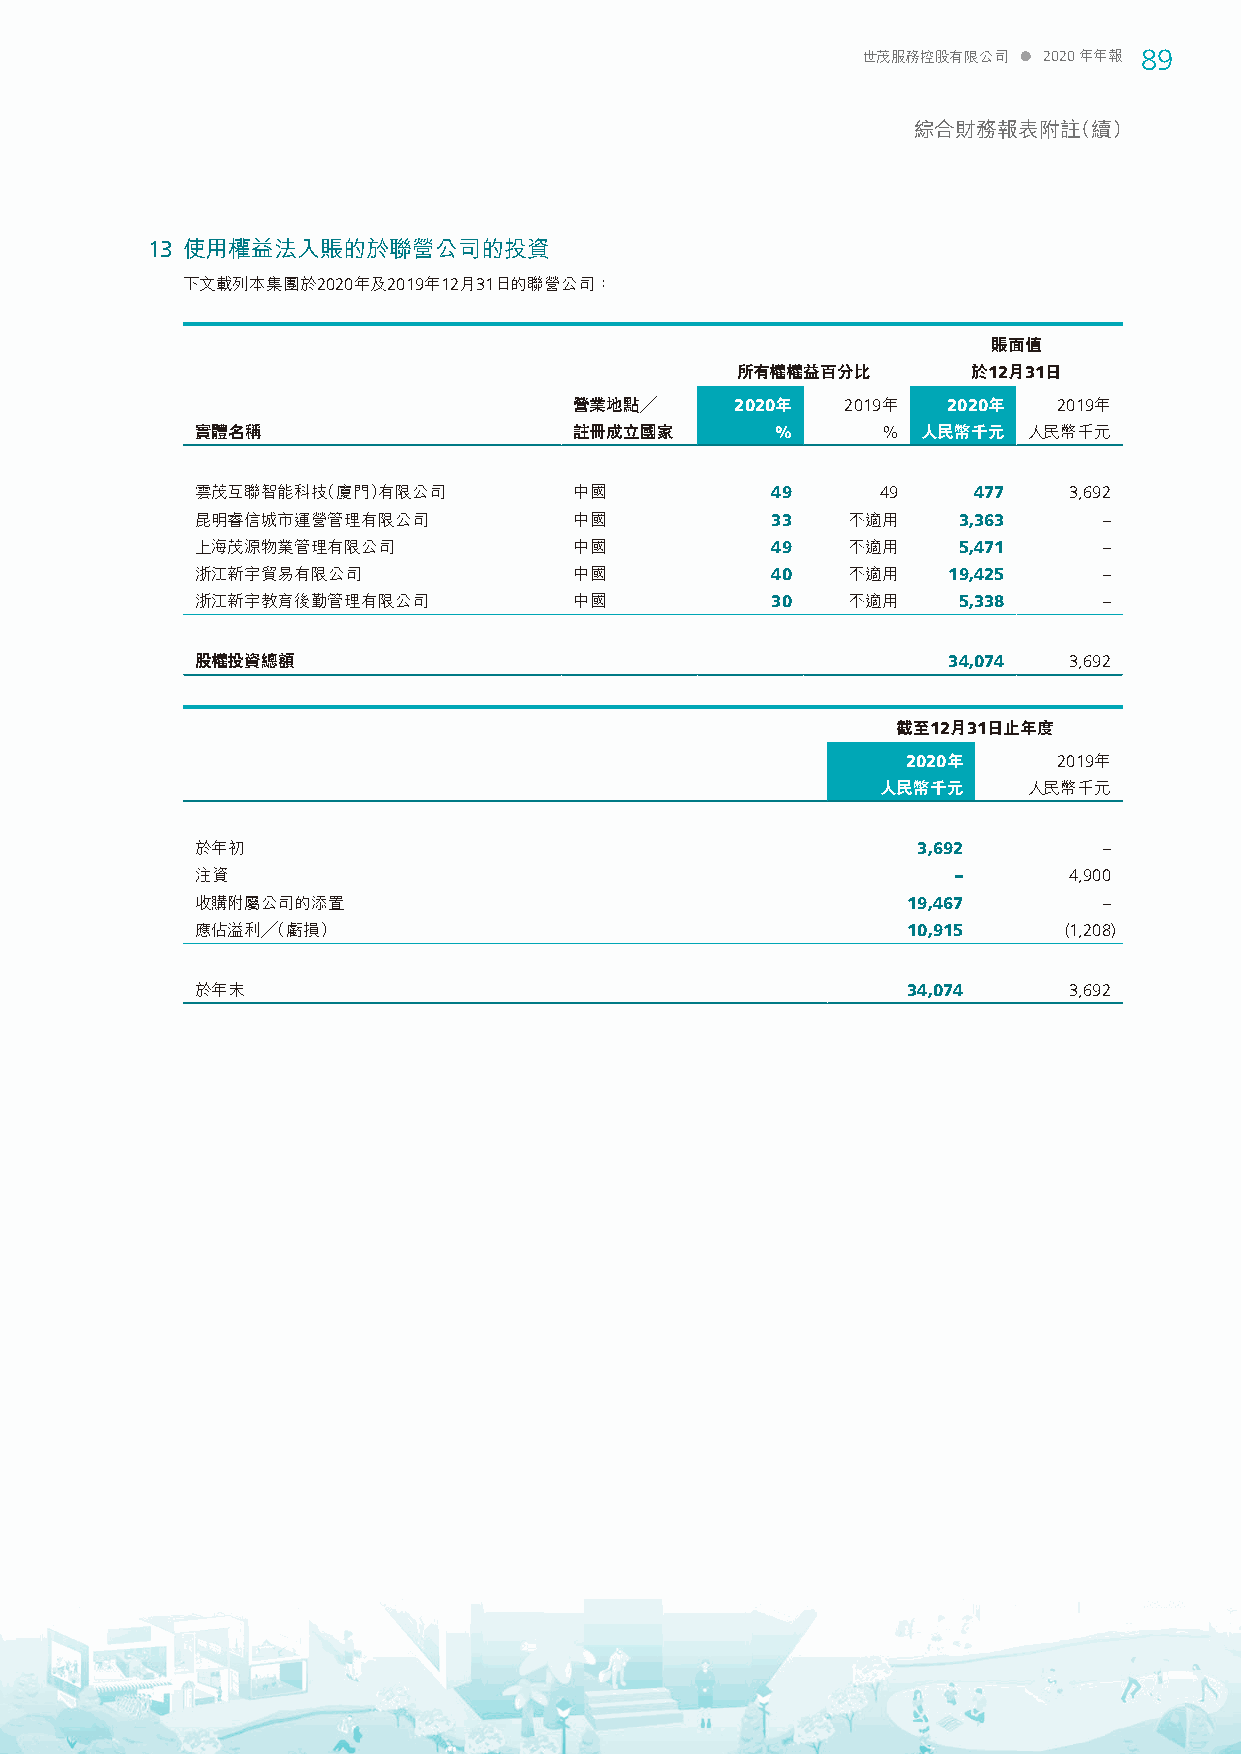
世茂服務控股有限公司  2020年年報 89
 綜合財務報表附註（續）
 13 使用權益法入賬的於聯營公司的投資
 下文載列本集團於2020年及2019年12月31日的聯營公司：
 賬面值
 所有權權益百分比       於12月31日
 營業地點╱      2020年  2019年  2020年  2019年
 實體名稱                     註冊成立國家       %      %  人民幣千元  人民幣千元
 雲茂互聯智能科技（廈門）有限公司         中國           49     49    477    3,692
 昆明睿信城市運營管理有限公司           中國           33   不適用    3,363     –
 上海茂源物業管理有限公司             中國           49   不適用    5,471     –
 浙江新宇貿易有限公司               中國           40   不適用    19,425    –
 浙江新宇教育後勤管理有限公司           中國           30   不適用    5,338     –
 股權投資總額                                            34,074  3,692
 截至12月31日止年度
 2020年     2019年
 人民幣千元     人民幣千元
 於年初                                             3,692       –
 注資                                                –       4,900
 收購附屬公司的添置                                      19,467       –
 應佔溢利╱（虧損）                                      10,915    (1,208)
 於年末                                            34,074     3,692